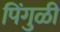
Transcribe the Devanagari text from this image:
पिंगुळी